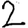
Digit: 2